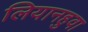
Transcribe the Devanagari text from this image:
लियानहुवा